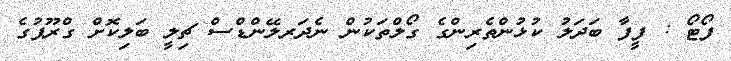
ފޯޓޯ : ފީފާ ބަދަލު ކުޅުންތެރިންގެ ގޯލްތަކުން ނެދަރލޭންޑްސް ޗިލީ ބަލިކޮށް ގްރޫޕުގެ